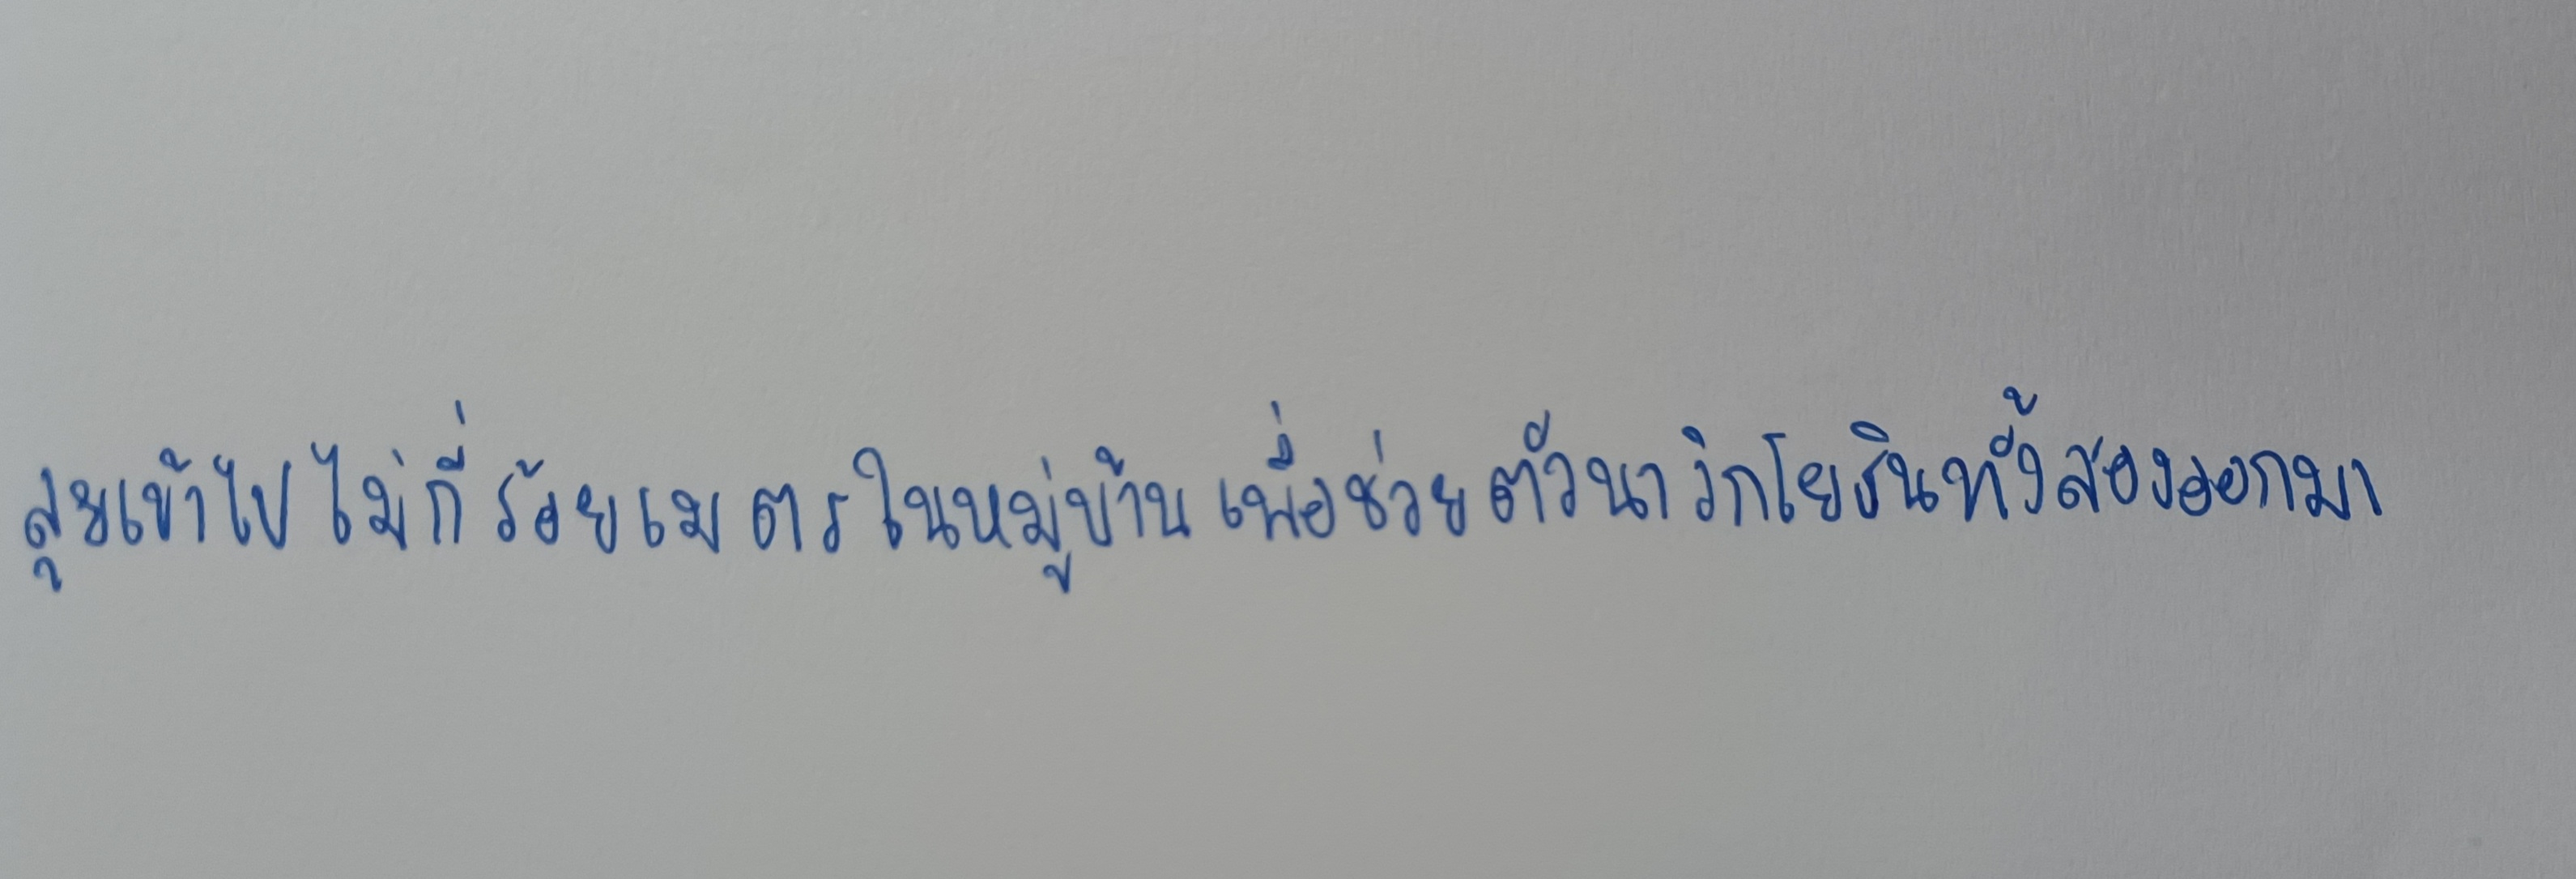
ลุยเข้าไปไม่กี่ร้อยเมตรในหมู่บ้านเพื่อช่วยตัวนาวิกโยธินทั้งสองออกมา